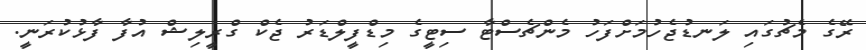
ރޭގެ މެޗުގައި ލަނޑުޖެހުމަށްފަހު މެންޗެސްޓާ ސިޓީގެ މިޑްފީލްޑަރު ޖެކް ގްރީލިޝް އުފާ ފާޅުކުރަނީ.